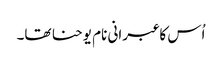
اُس کا عبرانی نام یوحنا تھا۔